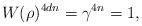
LaTeX: \begin{align*} W(\rho)^{4 d n}=\gamma^{4n}=1,\end{align*}